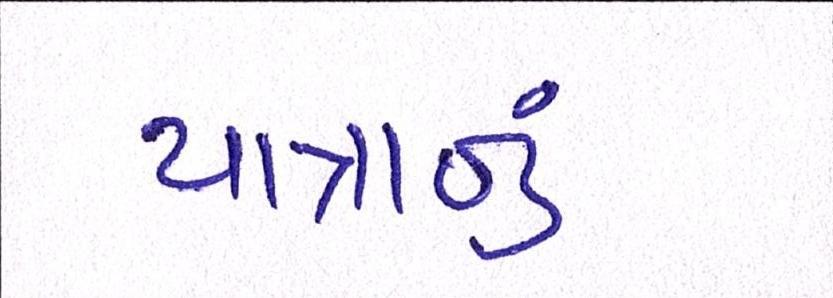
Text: યાત્રાનું